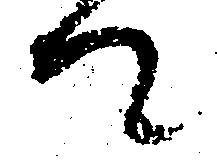
て